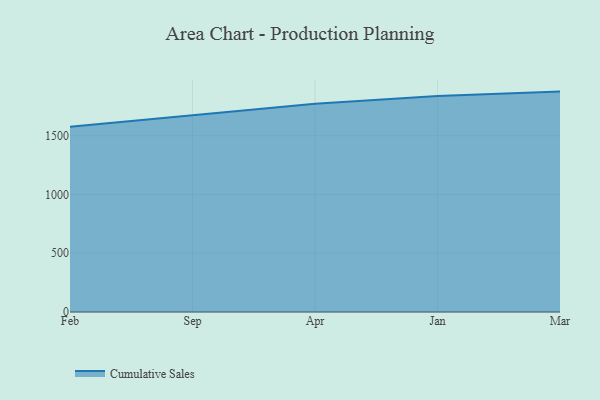
{"axis": {"x": "Month", "y": "Website Visitors"}, "legend": ["Cumulative Sales"], "data": [{"x": "Feb", "y": 1576.5, "type": "Cumulative Sales"}, {"x": "Sep", "y": 1674.8, "type": "Cumulative Sales"}, {"x": "Apr", "y": 1771.9, "type": "Cumulative Sales"}, {"x": "Jan", "y": 1837.7, "type": "Cumulative Sales"}, {"x": "Mar", "y": 1875.2, "type": "Cumulative Sales"}]}